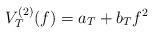
LaTeX: \begin{align*}V^{(2)}_T(f) = a_T + b_T f^2\end{align*}